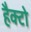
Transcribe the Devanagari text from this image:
हैक्टो